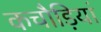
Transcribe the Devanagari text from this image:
कचौड़ियां